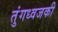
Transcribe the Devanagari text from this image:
तुंगध्वजकी